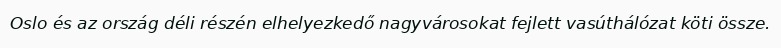
Oslo és az ország déli részén elhelyezkedő nagyvárosokat fejlett vasúthálózat köti össze.